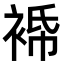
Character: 𧚓